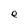
Character: e